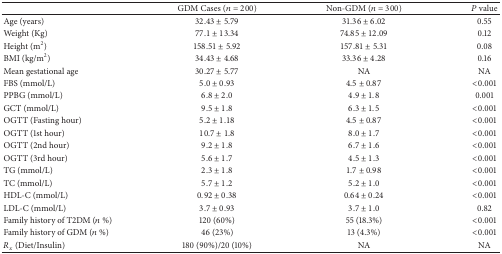
<table><thead><tr><td><b> </b></td><td><b>GDM Cases (<i>n</i> = 200)</b></td><td><b>Non-GDM (<i>n</i> = 300)</b></td><td><b><i>P</i> value </b></td></tr></thead><tbody><tr><td>Age (years)</td><td>32.43 ± 5.79</td><td>31.36 ± 6.02</td><td>0.55</td></tr><tr><td>Weight (Kg)</td><td>77.1 ± 13.34</td><td>74.85 ± 12.09</td><td>0.12</td></tr><tr><td>Height (m<sup>2</sup>)</td><td>158.51 ± 5.92</td><td>157.81 ± 5.31</td><td> 0.08</td></tr><tr><td>BMI (kg/m<sup>2</sup>)</td><td>34.43 ± 4.68</td><td>33.36 ± 4.28</td><td> 0.16</td></tr><tr><td>Mean gestational age</td><td>30.27 ± 5.77</td><td>NA</td><td>NA</td></tr><tr><td>FBS (mmol/L)</td><td>5.0 ± 0.93</td><td>4.5 ± 0.87</td><td> &lt;0.001</td></tr><tr><td>PPBG (mmol/L)</td><td>6.8 ± 2.0</td><td>4.9 ± 1.8</td><td> 0.001</td></tr><tr><td>GCT (mmol/L)</td><td>9.5 ± 1.8</td><td>6.3 ± 1.5</td><td> &lt;0.001</td></tr><tr><td>OGTT (Fasting hour)</td><td>5.2 ± 1.18</td><td>4.5 ± 0.87</td><td> &lt;0.001</td></tr><tr><td>OGTT (1st hour)</td><td>10.7 ± 1.8</td><td>8.0 ± 1.7</td><td> &lt;0.001</td></tr><tr><td>OGTT (2nd hour)</td><td>9.2 ± 1.8</td><td>6.7 ± 1.6</td><td>&lt;0.001</td></tr><tr><td>OGTT (3rd hour)</td><td>5.6 ± 1.7</td><td>4.5 ± 1.3</td><td>&lt;0.001</td></tr><tr><td>TG (mmol/L)</td><td>2.3 ± 1.8</td><td>1.7 ± 0.98</td><td>&lt;0.001</td></tr><tr><td>TC (mmol/L)</td><td>5.7 ± 1.2</td><td>5.2 ± 1.0</td><td>&lt;0.001</td></tr><tr><td>HDL-C (mmol/L)</td><td>0.92 ± 0.38</td><td>0.64 ± 0.24</td><td> &lt;0.001</td></tr><tr><td>LDL-C (mmol/L)</td><td>3.7 ± 0.93</td><td>3.7 ± 1.0</td><td> 0.82</td></tr><tr><td>Family history of T2DM (<i>n</i> %)</td><td>120 (60%)</td><td>55 (18.3%)</td><td>&lt;0.001</td></tr><tr><td>Family history of GDM (<i>n</i> %)</td><td>46 (23%)</td><td>13 (4.3%)</td><td> &lt;0.001</td></tr><tr><td><i>R</i><sub><i>x</i></sub> (Diet/Insulin)</td><td>180 (90%)/20 (10%)</td><td>NA</td><td>NA</td></tr></tbody></table>